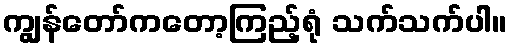
ကျွန်တော်ကတော့ကြည့်ရုံ သက်သက်ပါ။